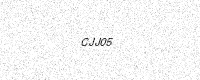
Text: CJJ05